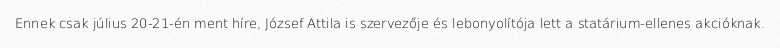
Ennek csak július 20-21-én ment híre, József Attila is szervezője és lebonyolítója lett a statárium-ellenes akcióknak.